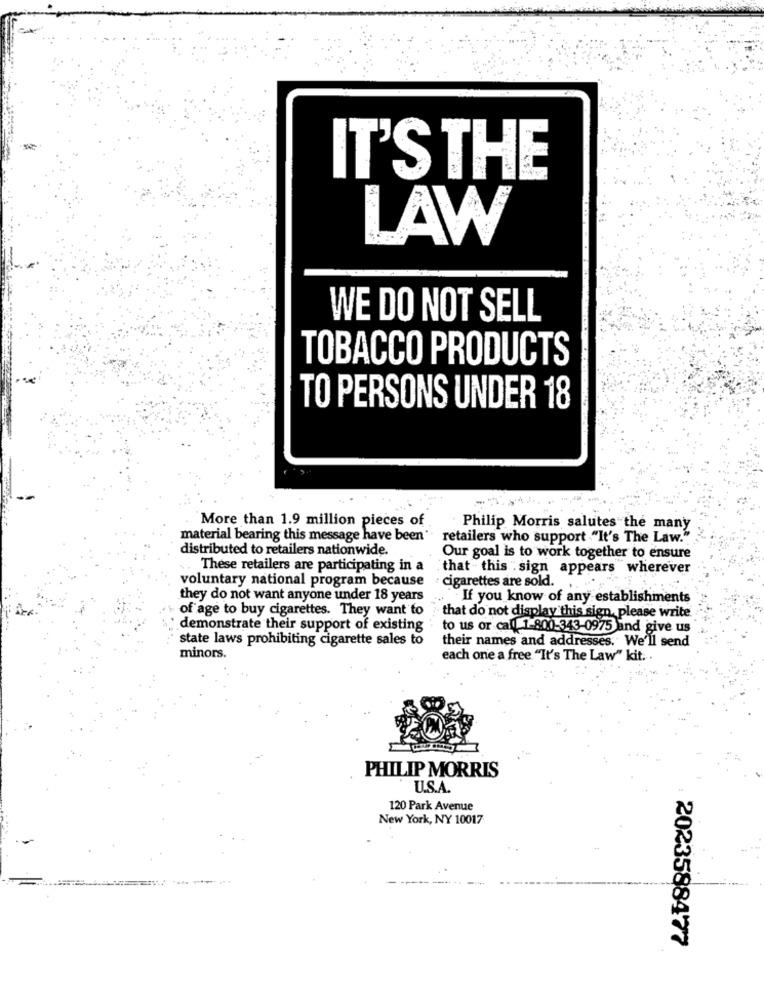
IT'S THE
LAW
WE DO NOT SELL
TOBACCO PRODUCTS
TO PERSONS UNDER 18
More than 1.9 million pieces of
Philip Morris salutes the many
material bearing this message have been"
retailers who support ."It's The Law."
distributed to retailers nationwide.
Our goal is to work together to ensure
These retailers are participating in a
that this sign appears wherever
voluntary national program because
cigarettes are sold. .
they do not want anyone under 18 years
If you know of any establishments
of age to buy cigarettes. They want to
that do not display this sign, please write.
`demonstrate their support of existing
to us or call 1-800-343-0975 and give us
state laws prohibiting cigarette sales to
their names and addresses. We'll send
minors.
each one a free "It's The Law" kit. .
PHILIP MORRIS
U.S.A
120 Park Avenue
New York, NY 10017
2023588477